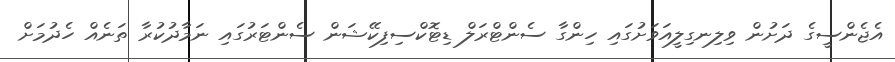
އެޖެންސީގެ ދަށުން ވިލިނގިލީއަވަށުގައި ހިންގާ ސެންޓްރަލް ޑިޓޮކްސިފިކޭޝަން ސެންޓަރުގައި ނަމާދުކުރާ ތަނެއް ހެދުމަށް